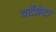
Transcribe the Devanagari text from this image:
वर्टेब्रेटा